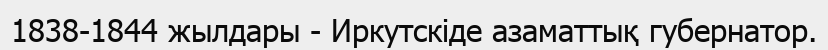
1838-1844 жылдары - Иркутскіде азаматтық губернатор.